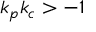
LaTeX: k _ { p } k _ { c } > - 1